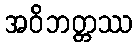
အဝိဘတ္တဿ